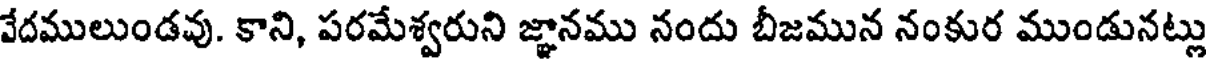
వేదములుండవు. కాని, పరమేశ్వరుని జ్ఞానము నందు బీజమున నంకుర ముండునట్లు